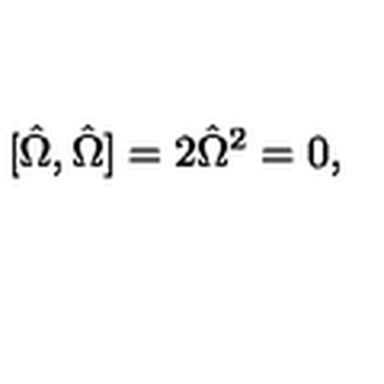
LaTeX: [ { \hat { \Omega } } , { \hat { \Omega } } ] = 2 { \hat { \Omega } } ^ { 2 } = 0 ,